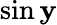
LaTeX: \sin\mathbf{y}